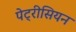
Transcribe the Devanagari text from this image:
पेट्रीसियन